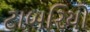
ટાબરિયો